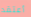
أعتقد